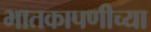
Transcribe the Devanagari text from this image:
भातकापणीच्या